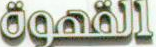
ögaäll